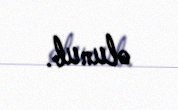
olunub.